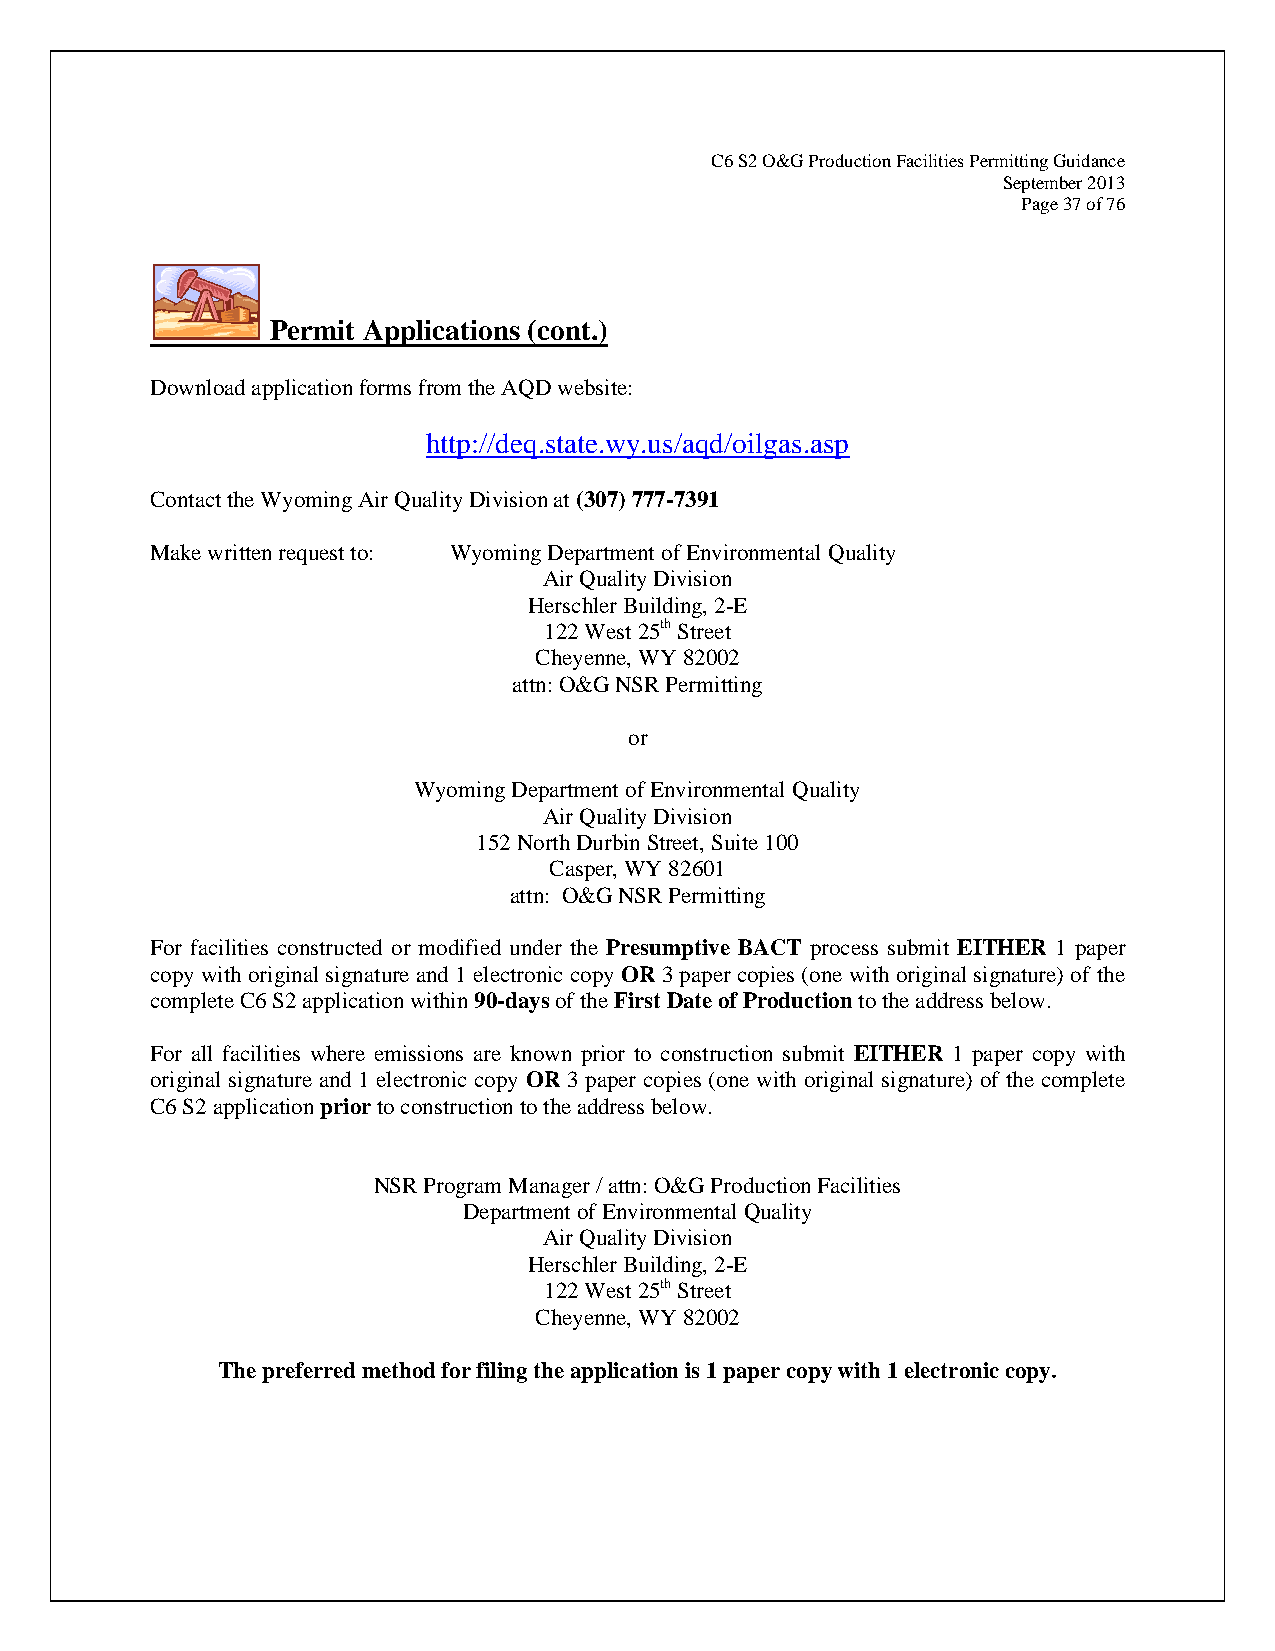
C6 S2 O&G Production Facilities Permitting Guidance
 September 2013
 Page 37 of 76
 Permit Applications (cont.)
 Download application forms from the AQD website:
 http://deq.state.wy.us/aqd/oilgas.asp
 Contact the Wyoming Air Quality Division at (307) 777-7391
 Make written request to: Wyoming Department of Environmental Quality
 Air Quality Division
 Herschler Building, 2-E
 122 West 25th Street
 Cheyenne, WY 82002
 attn: O&G NSR Permitting
 or
 Wyoming Department of Environmental Quality
 Air Quality Division
 152 North Durbin Street, Suite 100
 Casper, WY 82601
 attn: O&G NSR Permitting
 For facilities constructed or modified under the Presumptive BACT process submit EITHER 1 paper
 copy with original signature and 1 electronic copy OR 3 paper copies (one with original signature) of the
 complete C6 S2 application within 90-days of the First Date of Production to the address below.
 For all facilities where emissions are known prior to construction submit EITHER 1 paper copy with
 original signature and 1 electronic copy OR 3 paper copies (one with original signature) of the complete
 C6 S2 application prior to construction to the address below.
 NSR Program Manager / attn: O&G Production Facilities
 Department of Environmental Quality
 Air Quality Division
 Herschler Building, 2-E
 122 West 25th Street
 Cheyenne, WY 82002
 The preferred method for filing the application is 1 paper copy with 1 electronic copy.